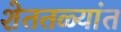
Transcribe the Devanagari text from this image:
शेततळ्यांत